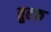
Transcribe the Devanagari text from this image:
तुल्फ़